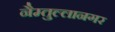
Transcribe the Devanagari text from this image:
नैम्तुल्लानगर